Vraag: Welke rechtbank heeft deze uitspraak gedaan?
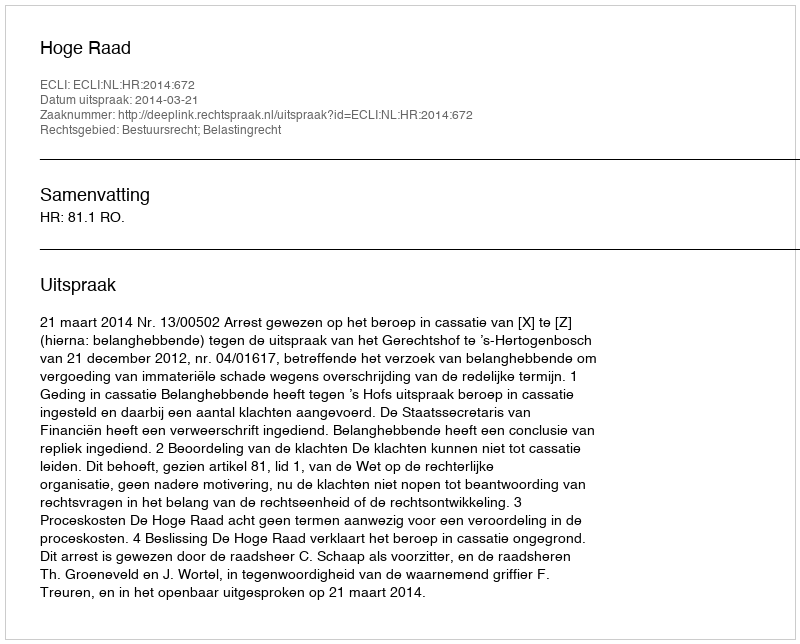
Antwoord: Hoge Raad